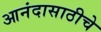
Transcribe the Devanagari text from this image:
आनंदासाठीचे